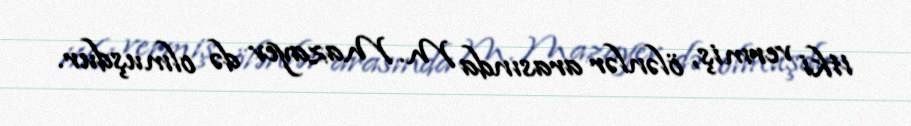
itki vermiş, ölənlər arasında M. Mazayev də olmuşdur.